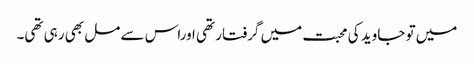
میں تو جاوید کی محبت میں گرفتار تھی اوراس سے مل بھی رہی تھی۔